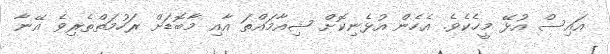
އައިސް އުޅޭ މީހެކެވެ. އެހެން އުޅެނިކޮށް ޝިއާމައްތަ އާއި މާބޮޑަށް ރަހުމަތްތެރިވެ އޭނާ